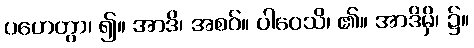
ပဟေတွာ၊ ၍။ အာဒိ၊ အစဝ်။ ပါဝေသိ၊ ၏။ အာဒိမှိ၊ ၌။